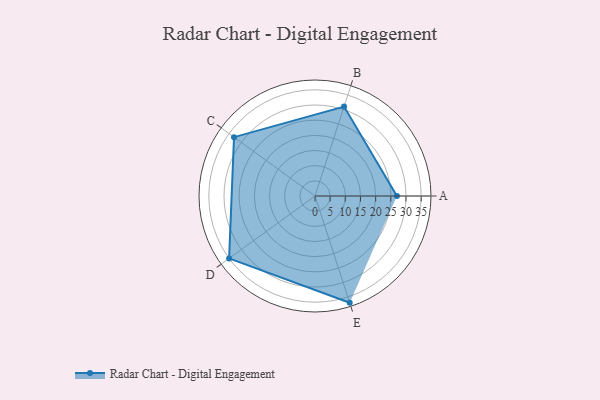
{"axis": {"x": "Skill", "y": "Score"}, "legend": ["Profile"], "data": [{"x": "A", "y": 27.0, "type": "Profile"}, {"x": "B", "y": 31.0, "type": "Profile"}, {"x": "C", "y": 33.0, "type": "Profile"}, {"x": "D", "y": 35.0, "type": "Profile"}, {"x": "E", "y": 37.0, "type": "Profile"}]}